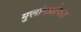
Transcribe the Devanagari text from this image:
मुलांपाठोपाठ